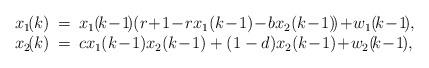
LaTeX: \begin{align*}\begin{array}[pos]{rcl} x_1\!(k)&\!\!=\!\!& x_1(\!k\!-\!1\!)\!\left(r\!+\!1\!-\!rx_1(k\!-\!1)\!-\!bx_2(k\!-\!1)\!\right)\!+\!w_1(\!k\!-\!1\!),\\ x_2\!(k)&\!\!=\!\!& cx_1(k\!-\!1)x_2(k\!-\!1)+(1-d)x_2(k\!-\!1)\!+\!w_2(\!k\!-\!1\!),\end{array}\end{align*}